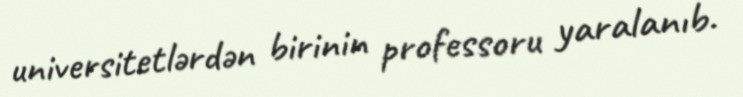
universitetlərdən birinin professoru yaralanıb.